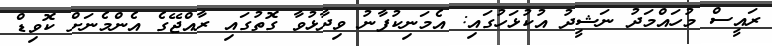
ރައީސް މުހައްމަދު ނަޝީދު އުކުޅަހުގައި: އެމަނިކުފާނު ވިދާޅުވާ ގޮތުގައި ރާއްޖޭގެ އެންމެނަށް ކޮވިޑް